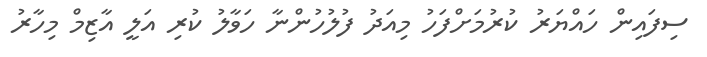
ސިފައިން ހައްޔަރު ކުރުމަށްފަހު މިއަދު ފުލުހުންނާ ހަވާލު ކުރި އަލީ އާޒިމް މިހާރު